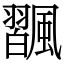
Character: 飁